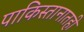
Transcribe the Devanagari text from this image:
पाकिस्तानातही